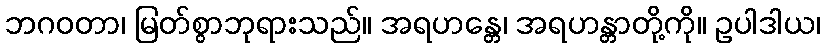
ဘဂဝတာ၊ မြတ်စွာဘုရားသည်။ အရဟန္တေ၊ အရဟန္တာတို့ကို။ ဥပါဒါယ၊